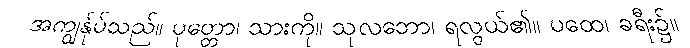
အကျွန်ုပ်သည်။ ပုတ္တော၊ သားကို။ သုလဘော၊ ရလွယ်၏။ ပထေ၊ ခရီး၌။